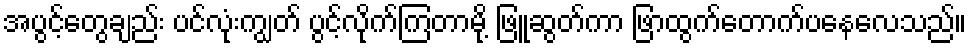
အပွင့်တွေချည်း ပင်လုံးကျွတ် ပွင့်လိုက်ကြတာမို့ ဖြူဆွတ်ကာ ဖြာထွက်တောက်ပနေလေသည်။